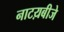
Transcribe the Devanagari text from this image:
नाटय़बीजे